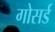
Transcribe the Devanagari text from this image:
गोसर्ड